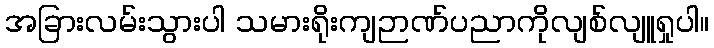
အခြားလမ်းသွားပါ သမားရိုးကျဉာဏ်ပညာကိုလျစ်လျူရှုပါ။